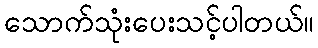
သောက်သုံးပေးသင့်ပါတယ်။